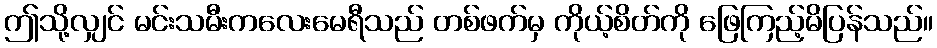
ဤသို့လျှင် မင်းသမီးကလေးမေရီသည် တစ်ဖက်မှ ကိုယ့်စိတ်ကို ဖြေကြည့်မိပြန်သည်။